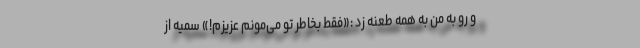
و رو به من به همه طعنه زد :«فقط بخاطر تو می‌مونم عزیزم!» سمیه از